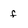
Character: f